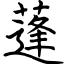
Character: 蓬